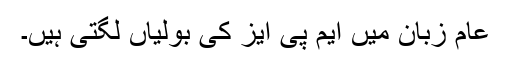
عام زبان میں ایم پی ایز کی بولیاں لگتی ہیں۔